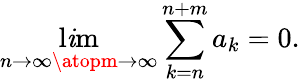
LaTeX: \operatorname*{l\mathit{i}m}_{n\to\infty\atopm\to\infty}\sum_{k=n}^{n+m}a_{k}=0.